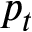
p _ { t }